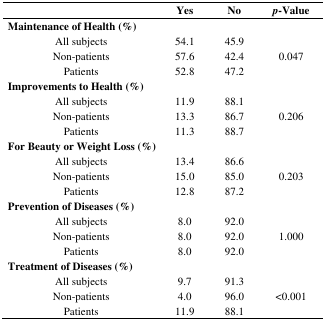
|  | Yes | No | p-Value |
 | --- | --- | --- | --- |
 | <COLSPAN=4> Maintenance of Health (%) |
 | All subjects | 54.1 | 45.9 |  |
 | Non-patients | 57.6 | 42.4 | 0.047 |
 | Patients | 52.8 | 47.2 |  |
 | <COLSPAN=4> Improvements to Health (%) |
 | All subjects | 11.9 | 88.1 |  |
 | Non-patients | 13.3 | 86.7 | 0.206 |
 | Patients | 11.3 | 88.7 |  |
 | <COLSPAN=4> For Beauty or Weight Loss (%) |
 | All subjects | 13.4 | 86.6 |  |
 | Non-patients | 15.0 | 85.0 | 0.203 |
 | Patients | 12.8 | 87.2 |  |
 | <COLSPAN=4> Prevention of Diseases (%) |
 | All subjects | 8.0 | 92.0 |  |
 | Non-patients | 8.0 | 92.0 | 1.000 |
 | Patients | 8.0 | 92.0 |  |
 | <COLSPAN=4> Treatment of Diseases (%) |
 | All subjects | 9.7 | 91.3 |  |
 | Non-patients | 4.0 | 96.0 | <0.001 |
 | Patients | 11.9 | 88.1 |  |